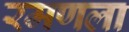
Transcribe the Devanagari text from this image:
रमणला